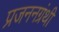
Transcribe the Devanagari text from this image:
प्रजननग्रंथी